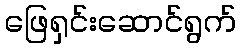
ဖြေရှင်းဆောင်ရွက်